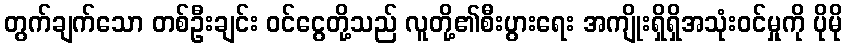
တွက်ချက်သော တစ်ဦးချင်း ဝင်ငွေတို့သည် လူတို့၏စီးပွားရေး အကျိုးရှိရှိအသုံးဝင်မှုကို ပိုမို